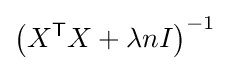
\left(X^{\mathsf {T}}X+\lambda nI\right)^{-1}